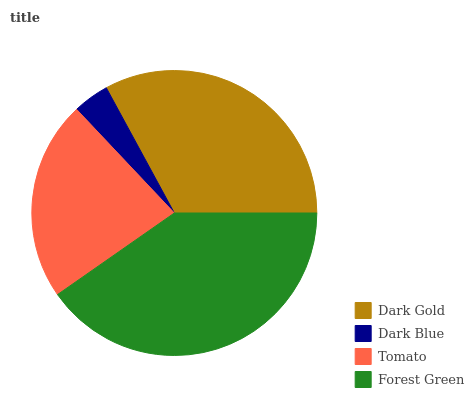
| Dark Gold | Dark Blue | Tomato | Forest Green |
 | --- | --- | --- | --- |
 | 33% | 4.11% | 22.6% | 40.3% |